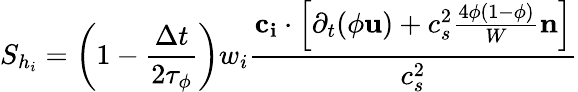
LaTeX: S_{h_{i}}=\left(1-\frac{\Delta t}{2\tau_{\phi}}\right)w_{i}\frac{\mathbf{c_{i}}\cdot\left[\partial_{t}(\phi\mathbf{u})+c_{s}^{2}\frac{4\phi(1-\phi)}{W}\mathbf{n}\right]}{c_{s}^{2}}